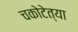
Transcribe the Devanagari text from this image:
चकोटेत्या